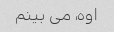
اوه، می بینم